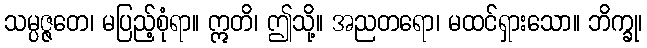
သမ္ပဇ္ဇတေ၊ မပြည့်စုံရာ။ ဣတိ၊ ဤသို့။ အညတရော၊ မထင်ရှားသော။ ဘိက္ခု၊